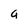
Character: a